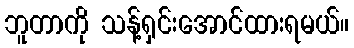
ဘူတာကို သန့်ရှင်းအောင်ထားရမယ်။